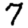
Digit: 7